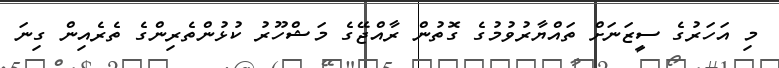
މި އަހަރުގެ ސީޒަނަށް ތައްޔާރުވުމުގެ ގޮތުން ރާއްޖޭގެ މަޝްހޫރު ކުޅުންތެރިންގެ ތެރެއިން ގިނަ